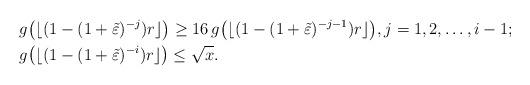
LaTeX: \begin{align*}& g\big(\lfloor(1-(1+\tilde\varepsilon)^{-j})r\rfloor\big)\geq 16\,g\big(\lfloor(1-(1+\tilde\varepsilon)^{-j-1})r\rfloor\big),j=1,2,\dots,i-1;\\& g\big(\lfloor(1-(1+\tilde\varepsilon)^{-i})r\rfloor\big)\leq \sqrt{x}.\end{align*}